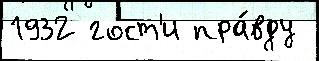
1932 гост'и пра́вду